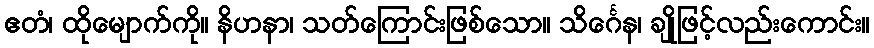
ဧတံ၊ ထိုမျောက်ကို။ နိဟနာ၊ သတ်ကြောင်းဖြစ်သော။ သိင်္ဂေန၊ ချိုဖြင့်လည်းကောင်း။